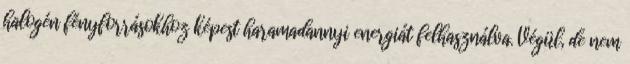
halogén fényforrásokhoz képest haramadannyi energiát felhasználva. Végül, de nem